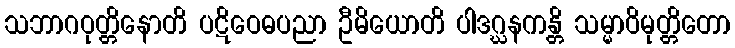
သဘာဂဝုတ္တိနောတိ ပဋိဝေဓပညာ ဦမိယောတိ ပါဒဂ္ဃနကန္တိ သမ္မာဝိမုတ္တိတော